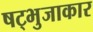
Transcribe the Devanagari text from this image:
षट्भुजाकार